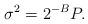
LaTeX: \begin{align*}\sigma^2 = 2^{-B} P.\end{align*}